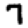
Digit: 7